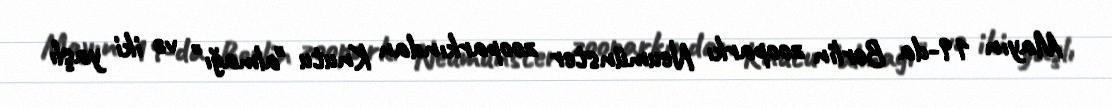
Mayın 19-da Berlin zooparkı Neumünster zooparkından Knutu "almağı" və iki yaşlı